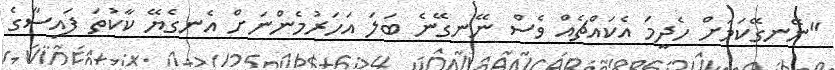
"ނޭނގޭކަމަށް ހެދީމަ އެކައްޗެއް ވެސް ނޭނގޭނެ ބަލަ އަހަރުމެންނަށް އެނގެޔޭ ކާކުތަ ފައިސާގެ